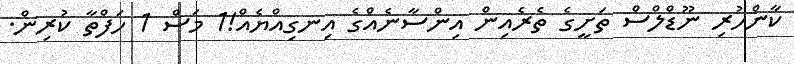
ކާންހުރި ނޫޑްލްސް ތަށީގެ ތެރެއިން އިންސާނެއްގެ އިނގިއްޔެއް!1 މަސް 1 ހަފްތާ ކުރިން.